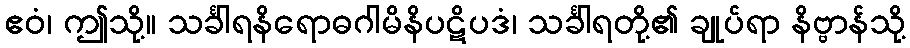
ဧဝံ၊ ဤသို့။ သင်္ခါရနိရောဓဂါမိနိပဋိပဒံ၊ သင်္ခါရတို့၏ ချုပ်ရာ နိဗ္ဗာန်သို့